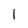
Character: l